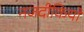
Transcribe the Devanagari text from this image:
नजदीकियों